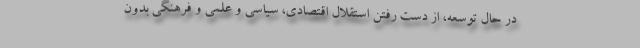
در حال توسعه، از دست رفتن استقلال اقتصادی، سیاسی و علمی و فرهنگی بدون